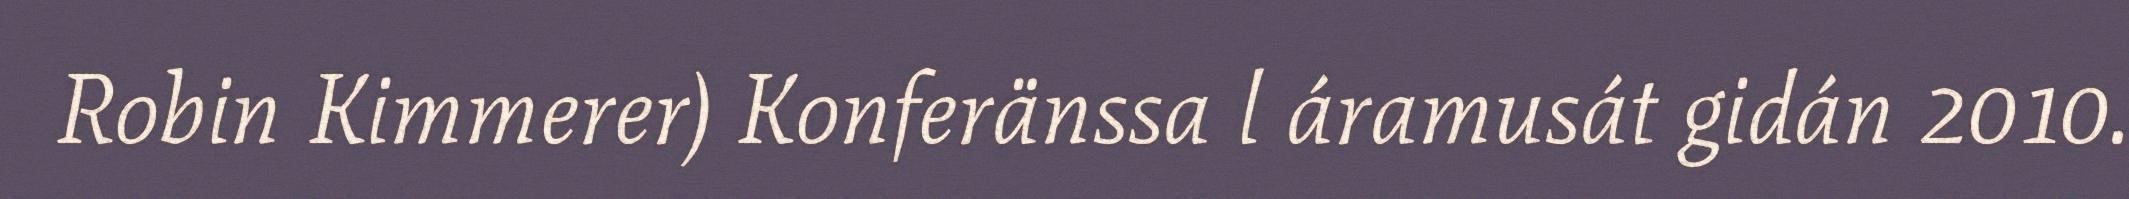
Robin Kimmerer) Konferänssa l áramusát gidán 2010.